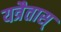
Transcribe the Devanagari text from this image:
यत्रैतास्‌